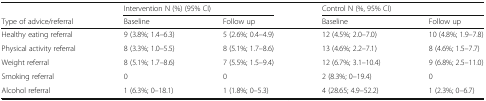
<table><thead><tr><td></td><td colspan="2"><b>Intervention N (%) (95% CI)</b></td><td colspan="2"><b>Control N (%, 95% CI)</b></td></tr><tr><td><b>Type of advice/referral</b></td><td><b>Baseline</b></td><td><b>Follow up</b></td><td><b>Baseline</b></td><td><b>Follow up</b></td></tr></thead><tbody><tr><td>Healthy eating referral</td><td>9 (3.8%; 1.4–6.3)</td><td>5 (2.6%; 0.4–4.9)</td><td>12 (4.5%; 2.0–7.0)</td><td>10 (4.8%; 1.9–7.8)</td></tr><tr><td>Physical activity referral</td><td>8 (3.3%; 1.0–5.5)</td><td>8 (5.1%; 1.7–8.6)</td><td>13 (4.6%; 2.2–7.1)</td><td>8 (4.6%; 1.5–7.7)</td></tr><tr><td>Weight referral</td><td>8 (5.1%; 1.7–8.6)</td><td>7 (5.5%; 1.5–9.4)</td><td>12 (6.7%; 3.1–10.4)</td><td>9 (6.8%; 2.5–11.0)</td></tr><tr><td>Smoking referral</td><td>0</td><td>0</td><td>2 (8.3%; 0–19.4)</td><td>0</td></tr><tr><td>Alcohol referral</td><td>1 (6.3%; 0–18.1)</td><td>1 (1.8%; 0–5.3)</td><td>4 (28.65; 4.9–52.2)</td><td>1 (2.3%; 0–6.7)</td></tr></tbody></table>